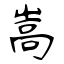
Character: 嵩